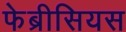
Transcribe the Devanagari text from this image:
फेब्रीसियस